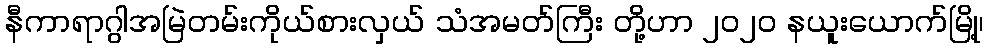
နီကာရာဂွါအမြဲတမ်းကိုယ်စားလှယ် သံအမတ်ကြီး တို့ဟာ ၂၀၂၀ နယူးယောက်မြို့၊